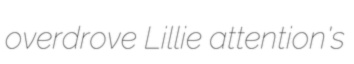
overdrove Lillie attention's